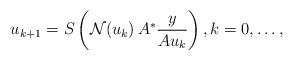
LaTeX: \begin{align*} u_{k+1}=S\left(\mathcal{N}(u_k)\,A^*\frac{y}{Au_k}\right),k=0,\dots,\end{align*}